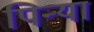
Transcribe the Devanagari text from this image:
पिन्या